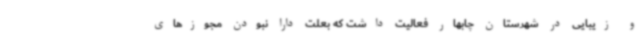
و زیبایی در شهرستان چابهار فعالیت داشت که بعلت دارا نبودن مجوزهای